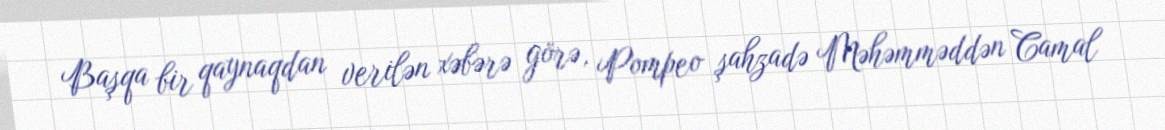
Başqa bir qaynaqdan verilən xəbərə görə, Pompeo şahzadə Məhəmməddən Camal